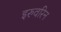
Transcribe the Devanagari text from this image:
इरुवरिन